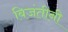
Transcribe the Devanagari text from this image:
बिजंतीनी